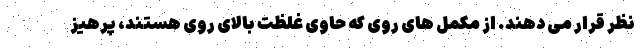
نظر قرار می دهند. از مکمل های روی که حاوی غلظت بالای روی هستند، پرهیز